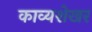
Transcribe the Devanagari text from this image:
काव्यशेखर